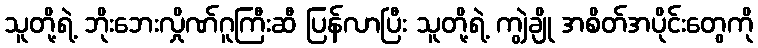
သူတို့ရဲ့ ဘိုးဘေးလှိုဏ်ဂူကြီးဆီ ပြန်လာပြီး သူတို့ရဲ့ ကျွဲချို အစိတ်အပိုင်းတွေကို